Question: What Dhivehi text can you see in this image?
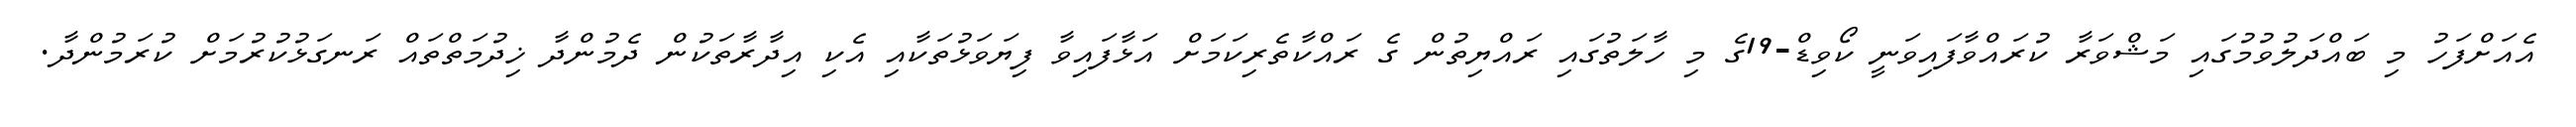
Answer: އެއަށްފަހު މި ބައްދަލުވުމުގައި މަޝްވަރާ ކުރައްވާފައިވަނީ ކޯވިޑް-19ގެ މި ހާލަތުގައި ރައްޔިތުން ގެ ރައްކާތެރިކަމަށް އަޅާފައިވާ ފިޔަވަޅުތަކާއި އެކި އިދާރާތަކުން ދެމުންދާ ޚިދުމަތްތައް ރަނގަޅުކުރުމަށް ކުރަމުންދާ.